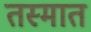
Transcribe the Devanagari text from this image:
तस्मात